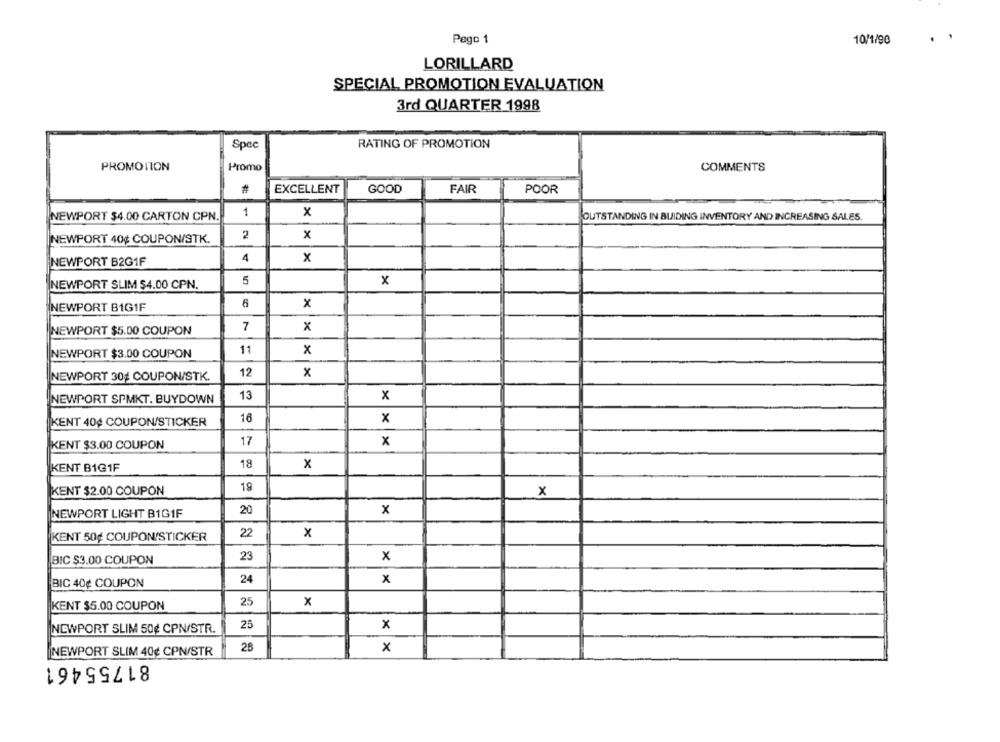
.
Pago 1
10/1/90
LORILLARD
SPECIAL PROMOTION EVALUATION
3rd QUARTER 1998
Spec
RATING OF PROMOTION
PROMOTION
Promo
COMMENTS
#
EXCELLENT
GOOD
FAIR
POOR
1
x
NEWPORT $4.00 CARTON CPN.
OUTSTANDING IN BUIDING INVENTORY AND INCREASING SALES.
2
x
NEWPORT 40¢ COUPON/STK.
4
x
NEWPORT B2G1F
5
x
NEWPORT SLIM $4.00 CPN.
6
X
NEWPORT B1G1F
7
NEWPORT $5.00 COUPON
x
11
NEWPORT $3,00 COUPON
x
NEWPORT 30g COUPON/STK.
12
x
NEWPORT SPMKT. BUYDOWN
13
x
KENT 40¢ COUPON/STICKER
16
x
KENT $3.00 COUPON
17
x
KENT B1@1F
18
x
18
KENT $2.00 COUPON
x
20
x
NEWPORT LIGHT B1GIF
22
x
KENT 50¢ COUPON/STICKER
23
BIC $3.00 COUPON
x
24
BIC 40¢ COUPON
x
25
KENT $5.00 COUPON
x
NEWPORT SLIM 50g CPN/STR.
2
x
NEWPORT SLIM 40g CPN/STR
28
x
81755461